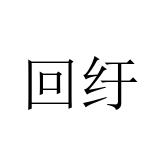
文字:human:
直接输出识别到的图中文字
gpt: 回纡